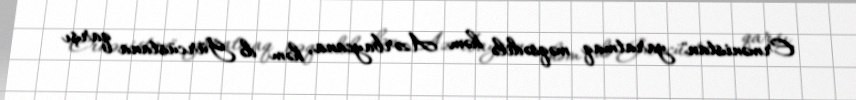
Ermənistan" yaratmaq məqsədilə həm Azərbaycana, həm də Gürcüstana qarşı